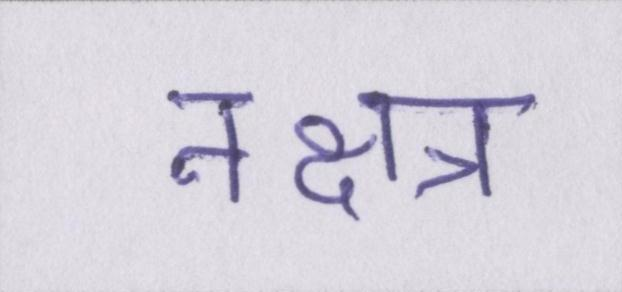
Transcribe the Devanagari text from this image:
नक्षत्र